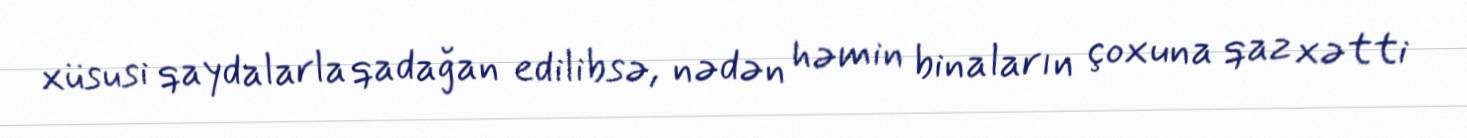
xüsusi qaydalarla qadağan edilibsə, nədən həmin binaların çoxuna qaz xətti